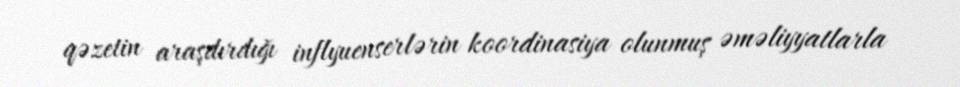
qəzetin araşdırdığı inflyuenserlərin koordinasiya olunmuş əməliyyatlarla